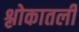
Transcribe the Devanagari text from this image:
श्लोकातली